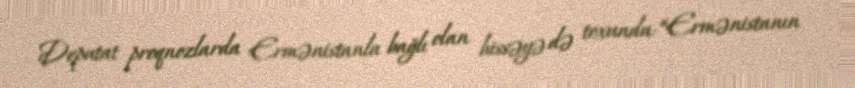
Deputat proqnozlarda Ermənistanla bağlı olan hissəyə də toxundu: “Ermənistanın